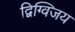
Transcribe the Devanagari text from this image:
द्विग्विजय